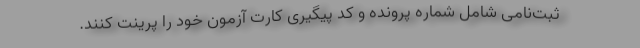
ثبت‌نامی شامل شماره پرونده و کد پیگیری کارت آزمون خود را پرینت کنند.